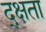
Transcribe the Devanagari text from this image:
द्क्षता